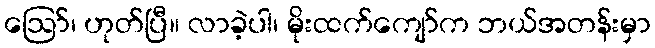
ဪ၊ ဟုတ်ပြီ။ လာခဲ့ပါ၊ မိုးထက်ကျော်က ဘယ်အတန်းမှာ